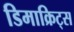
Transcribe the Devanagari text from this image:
डिमाक्रिट्स